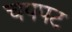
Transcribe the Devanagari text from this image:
चपपट